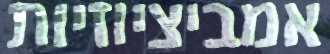
אמביציוזיות